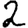
Digit: 2